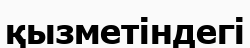
қызметіндегі